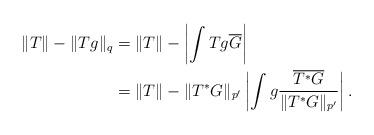
LaTeX: \begin{align*}\|T\|-\|Tg\|_{q} & =\|T\|-\left|\int Tg \overline{G}\right| \\& = \|T\|-\|T^\ast G\|_{p'}\left|\int g \frac{\overline{T^\ast G}}{\|T^\ast G\|_{p'}}\right|.\end{align*}